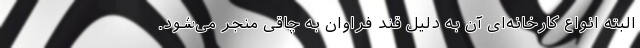
البته انواع کارخانه‌ای آن به دلیل قند فراوان به چاقی منجر می‌شود.